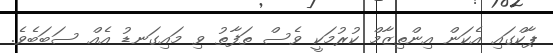
ޕާކްގައި އެކަން އިންތިޒާމް ކުރުމަކީ ވެސް ތަފާތު ވި މައިގަނޑު އެއް ސަބަބެވެ.